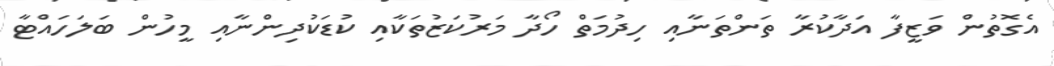
އެގޮތުން ވަޒީފާ އަދާކުރާ ތަންތަނާއި ހިދުމަތް ހޯދާ މަރުކަޒުތަކާއި ކުޑަކުދިންނާއި މީހުން ބަލަހައްޓާ